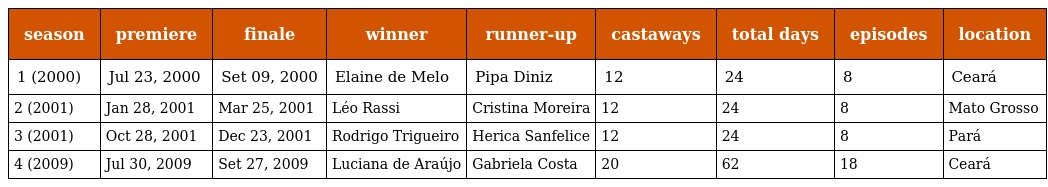
| season | premiere | finale | winner | runner-up | castaways | total days | episodes | location |
 | --- | --- | --- | --- | --- | --- | --- | --- | --- |
 | 1 (2000) | Jul 23, 2000 | Set 09, 2000 | Elaine de Melo | Pipa Diniz | 12 | 24 | 8 | Ceará |
 | 2 (2001) | Jan 28, 2001 | Mar 25, 2001 | Léo Rassi | Cristina Moreira | 12 | 24 | 8 | Mato Grosso |
 | 3 (2001) | Oct 28, 2001 | Dec 23, 2001 | Rodrigo Trigueiro | Herica Sanfelice | 12 | 24 | 8 | Pará |
 | 4 (2009) | Jul 30, 2009 | Set 27, 2009 | Luciana de Araújo | Gabriela Costa | 20 | 62 | 18 | Ceará |